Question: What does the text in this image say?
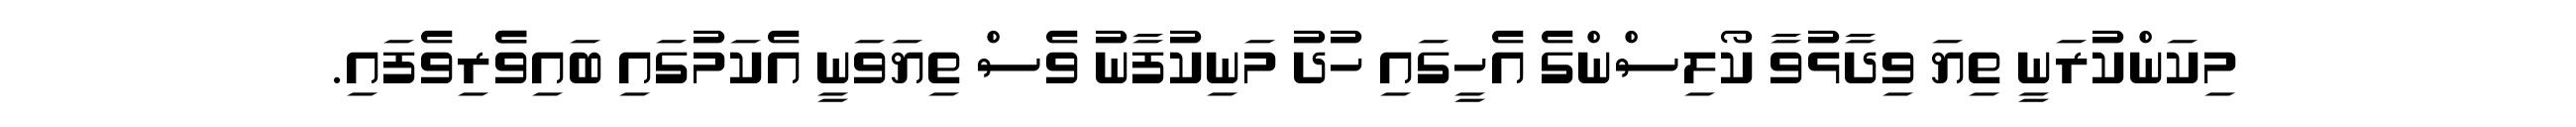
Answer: މިކަންކުރަނީ ތިޔަ ވިދާޅުވާ ކޯލިސްންގެ އެހީގައި ހުދު މަނިކުފާނު ވެސް ތިޔަވަނީ އެކަމުގައި ބައިވެެރިވެފައި.